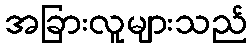
အခြားလူများသည်